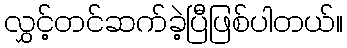
လွှင့်တင်ဆက်ခဲ့ပြီဖြစ်ပါတယ်။